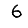
Digit: 6